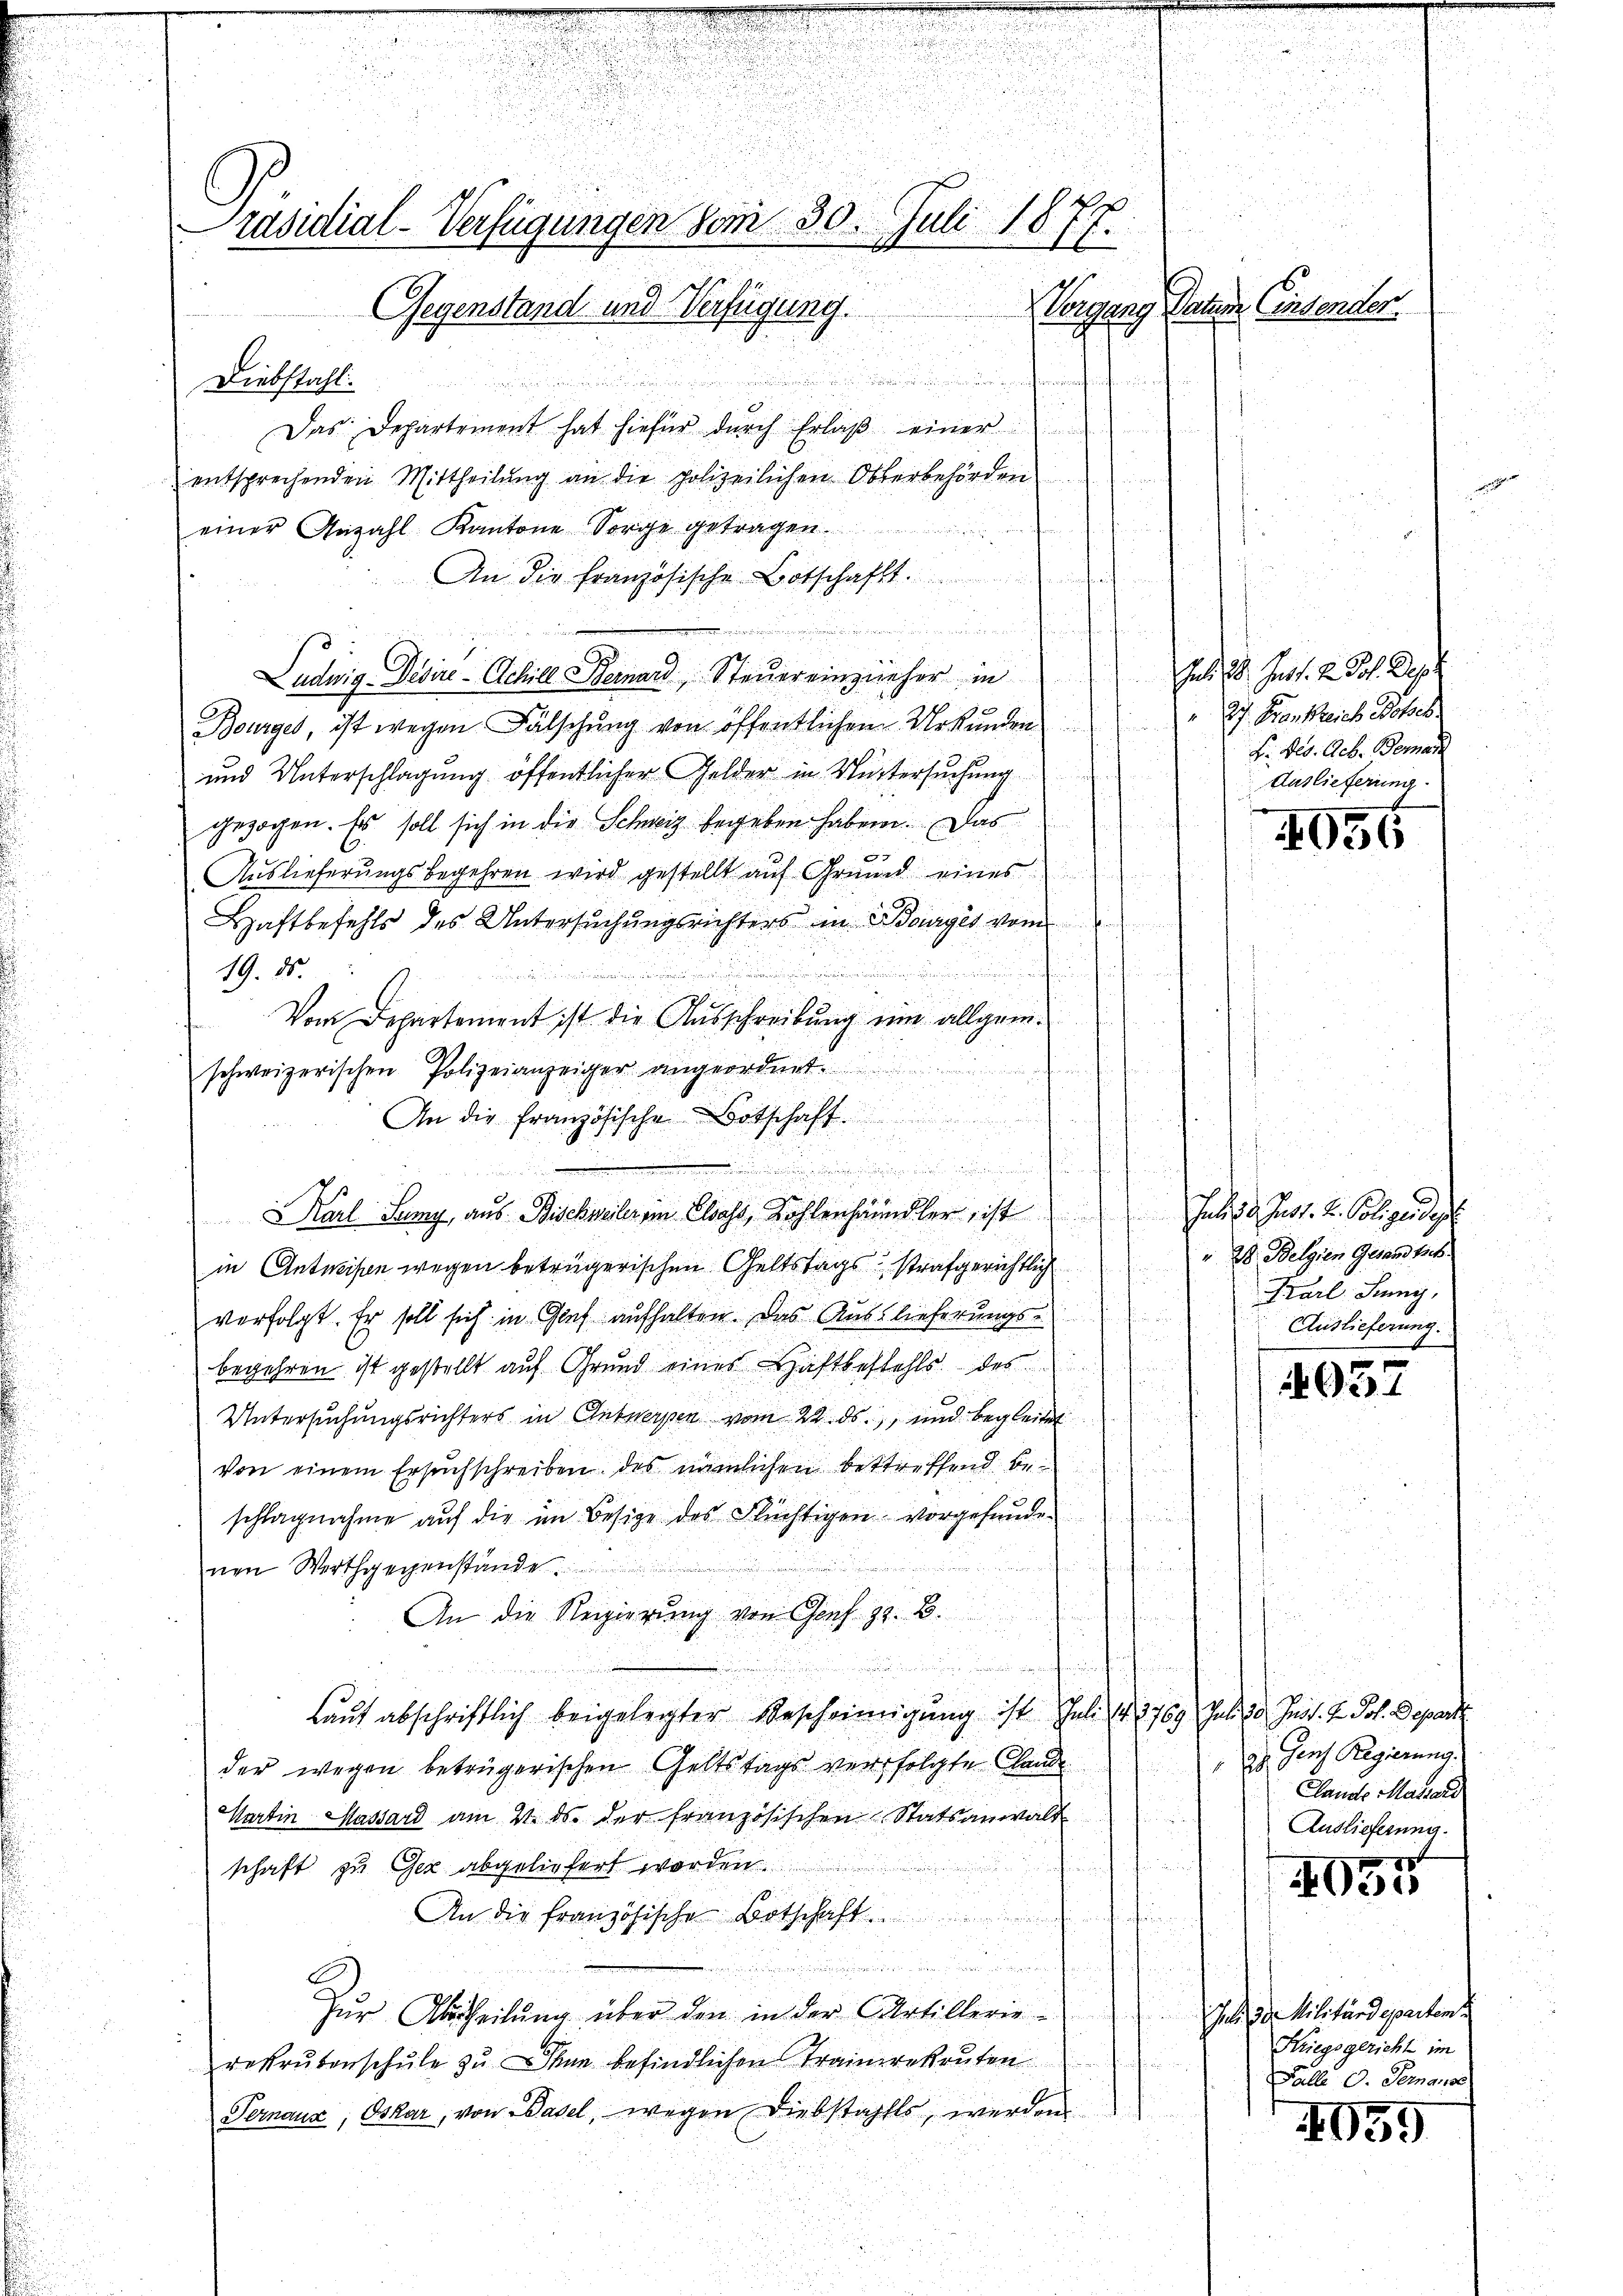
.

räsidial-Verfügungen vom 30. Juli 1877.
Vorgang Stative Einsender
Gegenstand und Verfügung.

Diebstahl.
Das Departement hat hiefür dŭrch Erlaβ einer
entsprechenden Mittheilung an die polizeilichen Oberbehörden
einer Anzahl Kantone Sorge getragen.
An die Französische Botschafft.
.
Ludwig Debire-Achill Bernard, Steuereinzieher in Juli 18. Just. 2. Joh. Dep
Bourger, ist wegen Fälschung von öffentlichen Urkunden 27. Frankreich Botsch.
und Unterschlagung öffentlicher Gelder in Muttersuchung
gezochen. Es soll sich in die Schweiz begeben haben. Das
Auslieferungsbegehren wird gestellt auf Grund eines
Haftbefehls des Untersuchungsrichters in Bourges vom
h
 nenne der es mitung eine
19. ds.
Vom Departement ist die Ausschreibung eine allgem.
schweizerischen Polizeianzeiger angeordnet.

An die französische Botschaft.
.
Karl Juny, aus Bischmaler in Elsass, Kohlenhändler, ist Juli 30. Just. 2. Polizeidet
in Antweisen wegen beträgerischen Geltstags strafgerichtlich 28 Belgien Gesandtsch
verfolgt. Er soll sich in Graf aufhalten. Das Auslieferungs-
begehren ist gestellt auf Grund eines Haftbestehls des
Untersuchungsrichters in Antwerpen vom 22. ds., und begleitet
von einem Ersuchschreiben des nämlichen bestreffend beschlagnahme auf die im Besize des Flüchtigen vorgefunden
r

i
nen Werthgegenstände
2.
An die Regierŭng von Genf z. B.
  ver
laŭf abschriftlich beigelegter Bescheinigung ist Juli 14, 1769 Juli vor Just. J. Joh. Depart
der wegen betrügerischen Geltstags verfolgte Claude
Martin Massard am 21. ds. der französischen Statsanwalt

schaft zu Gez abgeliefert worden.
An die französische Botschaft
n
.
u
Zur Abtheilung über den in der Artillerie-
rekrutenschŭle zŭ hann befindlichen Trainerekruten
Pernaux, Oskar, von Basel, wegen Diebstahls, werden

F. Ges. Aeb. Bemer
Auslieferung

056

Karl Lung,
Auslieferung.

937

Genf Regierung.

Lande Massard
Auslieferung.

8
030

Jur. Dr. Militärdeparten
Kriegsgericht im
Fälle O. Gerans

4059